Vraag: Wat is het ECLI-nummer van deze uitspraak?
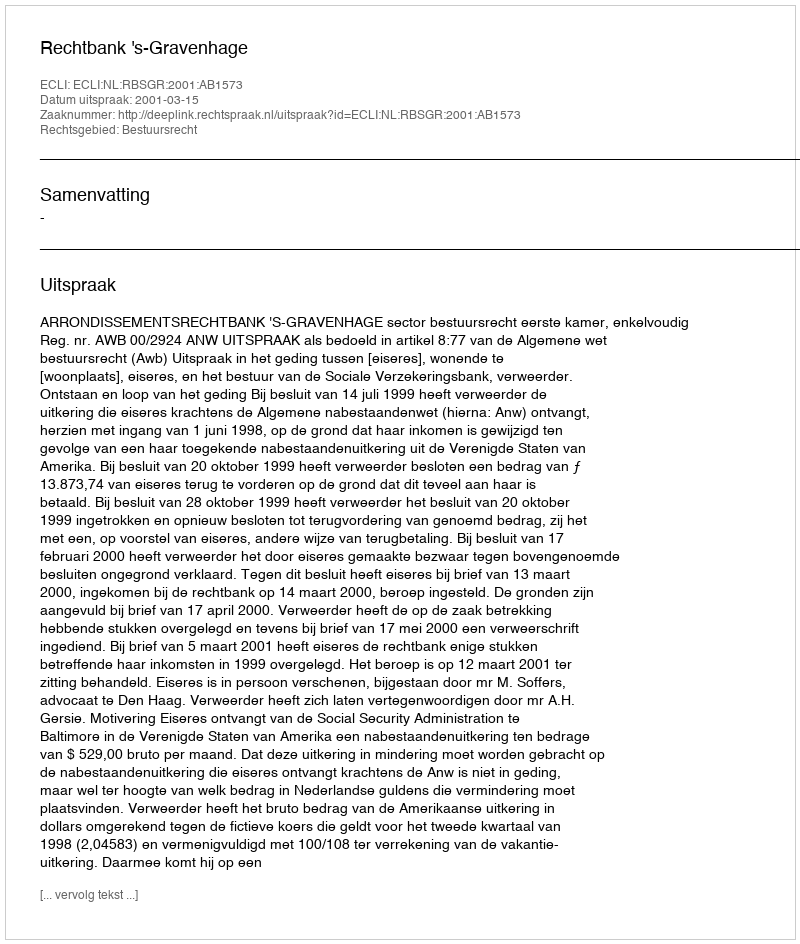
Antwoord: ECLI:NL:RBSGR:2001:AB1573